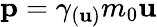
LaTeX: \mathbf{p}=\gamma_{(\mathbf{u})}m_{0}\mathbf{u}